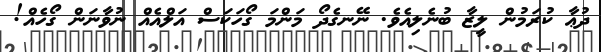
ދުޢާ ކުރަމުން ލީޒާ ބުނެލިއެވެ. ނޭނގެދޯ މަންމަ ގޯހަކަސް އަލްއެއް ނުވާނަން ގޯހެއް!